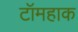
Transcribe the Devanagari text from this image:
टॉमहाक